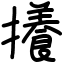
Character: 攁